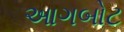
આગબોટ